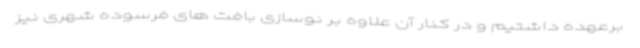
برعهده داشتیم و در کنار آن علاوه بر نوسازی بافت های فرسوده شهری نیز